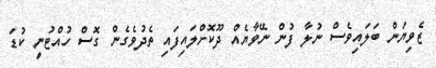
ޒެވިޔަން ބަލައިވެސް ނުލާ ފުން ނޭވާޔެއް ދޫކޮށްލައިފައި ތެދުވެގެން ގޮސް ހުއްޓުނީ ކުޑަ